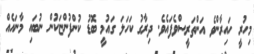
މިހުރީ ހައިރާންވެ އަންތަރީސްވެފައެވެ. ދިރާގު ކަހަލަ ގައުމީ ބޮޑު ކުންފުންޏަކުން ނުބައި މާނައެއް